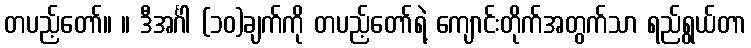
တပည့်တော်။ ။ ဒီအင်္ဂါ (၁၀)ချက်ကို တပည့်တော်ရဲ့ ကျောင်းတိုက်အတွက်သာ ရည်ရွယ်တာ